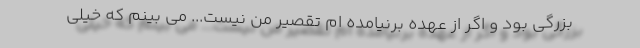
بزرگی بود و اگر از عهده برنیامده ام تقصیر من نیست... می بینم که خیلی